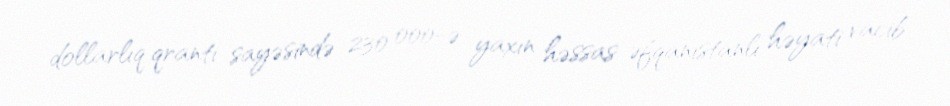
dollarlıq qrantı sayəsində 230 000-ə yaxın həssas əfqanıstanlı həyati vacib